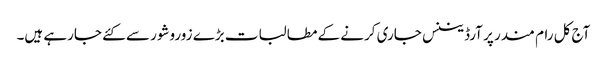
آج کل رام مندر پر آرڈیننس جاری کرنے کے مطالبات بڑے زوروشور سے کئے جارہے ہیں۔